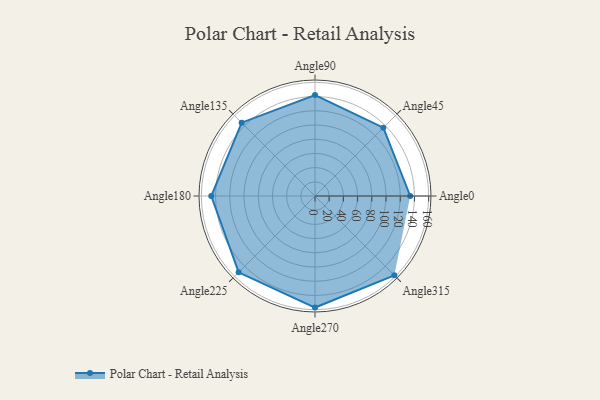
{"axis": {"x": "Angle", "y": "Radius"}, "legend": [""], "data": [{"x": "Angle0", "y": 134.0, "type": ""}, {"x": "Angle45", "y": 136.0, "type": ""}, {"x": "Angle90", "y": 142.0, "type": ""}, {"x": "Angle135", "y": 146.0, "type": ""}, {"x": "Angle180", "y": 146.0, "type": ""}, {"x": "Angle225", "y": 152.0, "type": ""}, {"x": "Angle270", "y": 157.0, "type": ""}, {"x": "Angle315", "y": 158.0, "type": ""}]}